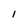
Character: 1